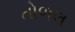
તોળલ